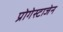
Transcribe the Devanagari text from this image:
प्रोगेस्टाजेन